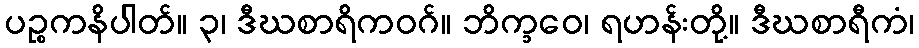
ပဉ္စကနိပါတ်။ ၃၊ ဒီဃစာရိကဝဂ်။ ဘိက္ခဝေ၊ ရဟန်းတို့။ ဒီဃစာရီကံ၊